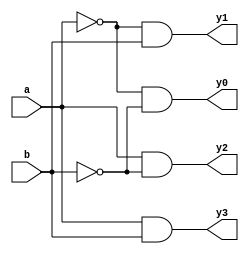
// A decoder is a multiple-input, multiple-output logic circuit that converts coded inputs into coded outputs,
// where the input and output codes are different. It has N input lines and 2 power n output lines

module decoder_24(a,b,y0,y1,y2,y3);
  input a,b;
  output y0,y1,y2,y3;
  assign y0 = !a&!b;
  assign y1 = !a&b;
  assign y2 = a&!b;
  assign y3 = a&b;
endmodule